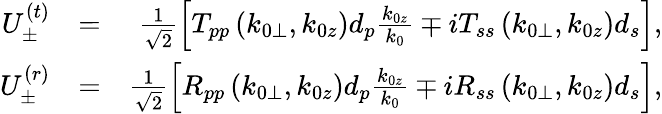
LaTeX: \begin{array}{rlr}{U_{\pm}^{(t)}}&{=}&{\frac{1}{\sqrt{2}}\left[T_{pp}\left(k_{0\perp},k_{0z}\right)d_{p}\frac{k_{0z}}{k_{0}}\mp iT_{ss}\left(k_{0\perp},k_{0z}\right)d_{s}\right],}\\ {U_{\pm}^{(r)}}&{=}&{\frac{1}{\sqrt{2}}\left[R_{pp}\left(k_{0\perp},k_{0z}\right)d_{p}\frac{k_{0z}}{k_{0}}\mp iR_{ss}\left(k_{0\perp},k_{0z}\right)d_{s}\right],}\end{array}